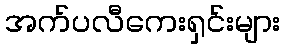
အက်ပလီကေးရှင်းများ